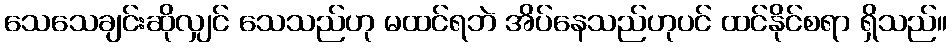
သေသေချင်းဆိုလျှင် သေသည်ဟု မထင်ရဘဲ အိပ်နေသည်ဟုပင် ထင်နိုင်စရာ ရှိသည်။